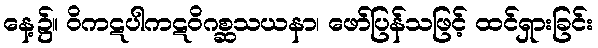
နေ့၌။ ဝိကဋပါကဋဝိဂစ္ဆသယနာ၊ ဖော်ပြန်သဖြင့် ထင်ရှားခြင်း